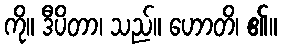
ကို။ ဒီပိတာ၊ သည်။ ဟောတိ၊ ၏။